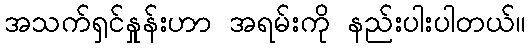
အသက်ရှင်နှုန်းဟာ အရမ်းကို နည်းပါးပါတယ်။